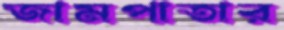
জামপাতার